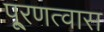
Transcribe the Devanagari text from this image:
पू्रणत्वास